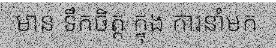
មាន ទឹកចិត្ត ក្នុង ការនាំមក